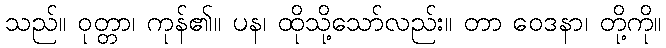
သည်။ ဝုတ္တာ၊ ကုန်၏။ ပန၊ ထိုသို့သော်လည်း။ တာ ဝေဒနာ၊ တို့ကို။